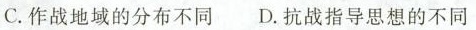
C.作战地域的分布不同D.抗战指导思想的不同